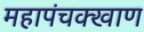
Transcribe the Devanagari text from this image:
महापंचक्खाण